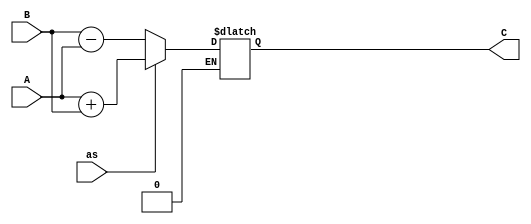
`timescale 1 ns / 1 ps
module ALU#( parameter N=16)(
input [N-1:0]A,
input [N-1:0]B,
input as,				// as is used to decide operation as = 0 subtract , as = 1 add
output reg [N-1:0]C			// Nbit output 
);
always@(A or B or as)			// Asynchronous 
begin
if ( as == 0 )
C <= B - A ;
else if ( as == 1)
C <= A + B ;
end
endmodule